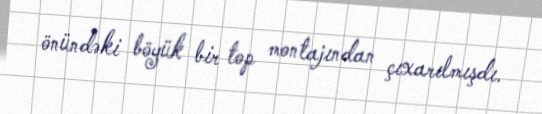
önündəki böyük bir top montajından çıxarılmışdı.